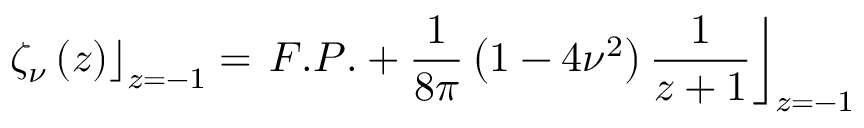
\left. \zeta _ { \nu } \left( z \right) \right\rfloor _ { z = - 1 } = \left. F . P . + \frac { 1 } { 8 \pi } \left( 1 - 4 \nu ^ { 2 } \right) \frac { 1 } { z + 1 } \right\rfloor _ { z = - 1 }